Education (Scotland) Act, 1908, 1908
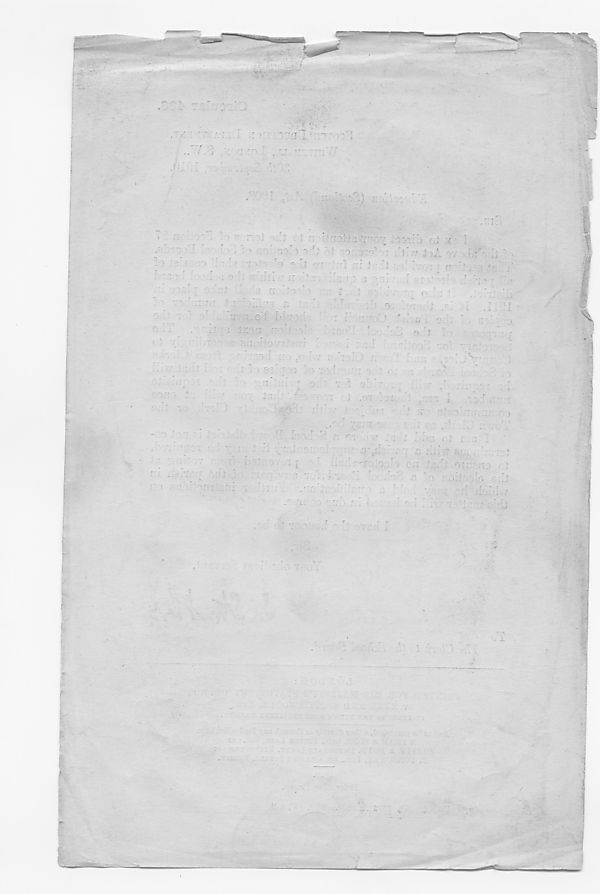
/'Lf
’
;
r ■ ;
' -ir
' /
°
■'
'
>■
' ■
‘
'*'
■
'
'
' r
T - r ■ ' ' ■ 1 ■ -
■ ' r
;^ ■■ '■
■::
r:
■;
' •
- :;;. r: v T V,
a ■
: ■ ■ '
o ' ■
‘ ^
' - ■ ; - 5 : '• ',L--: r; ' :
' ' ' / o.
. , s
a'T I'' ■'
-
'
-
•
' ‘
■
v,
'■
"
■:
' -•* - c ; I'' -;--
|r ' ’ ' >
.6 i P
;
)
■
! :
: -
T O - . :
• ,
. . . : ;
-
;;
y - - r.':
; /
•
• :
",
: Oil "A-t
‘
t
:
-i-